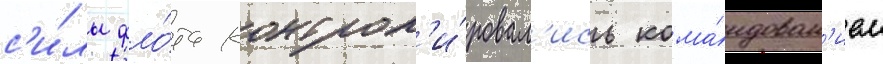
с'и́лы фло́та контрол'и́ровал'ись кома́ндован'ием